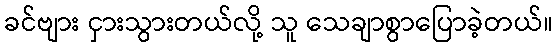
ခင်ဗျား ငှားသွားတယ်လို့ သူ သေချာစွာပြောခဲ့တယ်။